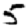
Digit: 5